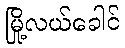
မြို့လယ်ခေါင်